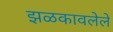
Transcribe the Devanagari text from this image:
झळकावलेले